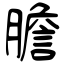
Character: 膽